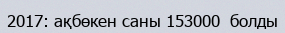
2017: ақбөкен саны 153000  болды